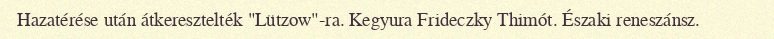
Hazatérése után átkeresztelték "Lützow"-ra. Kegyura Frideczky Thimót. Északi reneszánsz.